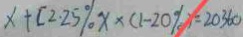
x + [ 2 . 2 5 \% x x \times ( 1 - 2 0 \% ) = 2 0 3 6 0